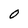
Character: O